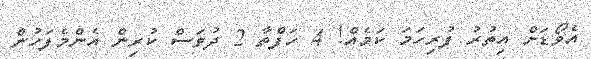
އެވޯޑަށް އިތުރު ފުރިހަމަ ކަމެއް! 4 ހަފްތާ 2 ދުވަސް ކުރިން އެންމެފަހުން